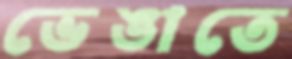
ভেঙাতে